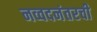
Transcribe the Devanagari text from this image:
नव्वदनंतरची